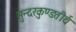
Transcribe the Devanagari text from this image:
सुन्दरकुण्डतीर्थ